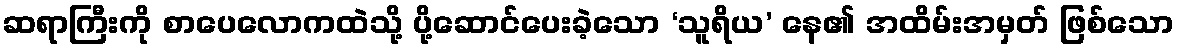
ဆရာကြီးကို စာပေလောကထဲသို့ ပို့ဆောင်ပေးခဲ့သော ‘သူရိယ’ နေ၏ အထိမ်းအမှတ် ဖြစ်သော